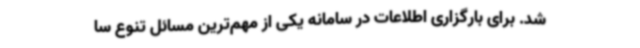
شد. برای بارگزاری اطلاعات در سامانه یکی از مهم‌ترین مسائل تنوع سا